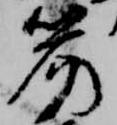
笏